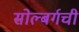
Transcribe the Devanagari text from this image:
सोल्बर्गची